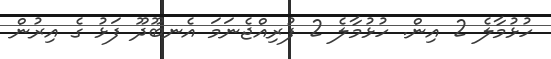
ހުޅުމާލެ 2 އިން. ހުޅުމާލެ 2 ފުރިއްޖެނަމަ އެނބޫދޫ ފަޅު ގެ އިރުން